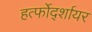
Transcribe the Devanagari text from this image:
हर्त्फोर्द्शायर